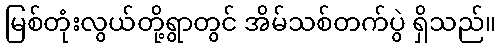
မြစ်တုံးလွယ်တို့ရွာတွင် အိမ်သစ်တက်ပွဲ ရှိသည်။